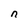
Character: n